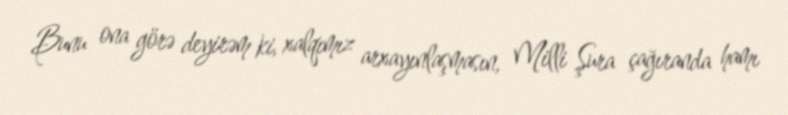
Bunu ona görə deyirəm ki, xalqımız arxayınlaşmasın, Milli Şura çağıranda hamı